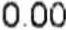
0.00